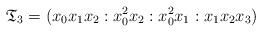
LaTeX: \begin{align*}\mathfrak{T}_3=(x_0x_1x_2:x_0^2x_2:x_0^2x_1:x_1x_2x_3)\end{align*}